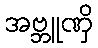
အဗ္ဘူဏှိ